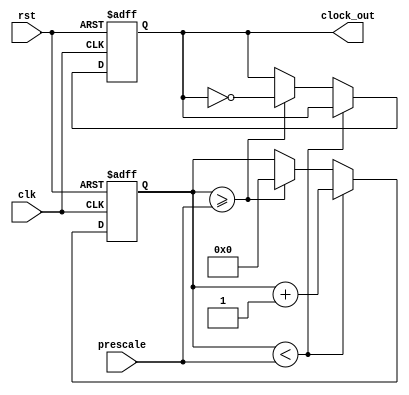
/*
	-Clock
	:	

	: 	1 1- 	1 bit clk
			1 1-    1 bit rst
			16 -         16 bit prescale

	:	1 1- 	1 bit clock_out	

*/
module 	Clock(
	input 	wire 	clk,
	input 	wire	rst,
	input 	wire 	[31:0]prescale,
	output 	reg 	clock_out
);

reg [31:0]count;
always @(posedge clk or negedge rst) begin
	if (!rst) begin
		count <= 0;
		clock_out <= 0;
	end else begin
		if (count < prescale) begin
			count <= count + 1;
		end else if (count >= prescale) begin
			clock_out <= ~clock_out;
			count <= 0;
		end
	end
end


endmodule